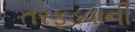
તરફડવાની